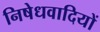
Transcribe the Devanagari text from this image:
निषेधवादियों